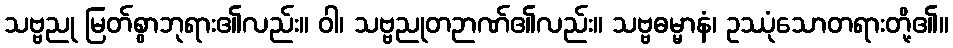
သဗ္ဗညု မြတ်စွာဘုရား၏လည်း။ ဝါ၊ သဗ္ဗညုတဉာဏ်၏လည်း။ သဗ္ဗဓမ္မာနံ၊ ဥဿုံသောတရားတို့၏။